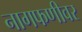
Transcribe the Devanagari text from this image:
नागफणीवर